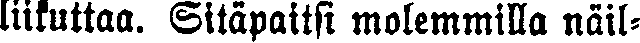
liikuttaa. Sitäpaitsi molemmilla näil-